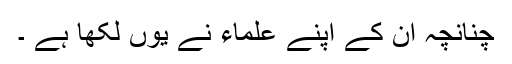
چنانچہ ان کے اپنے علماء نے یوں لکھا ہے ۔